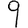
Digit: 9